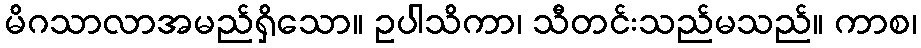
မိဂသာလာအမည်ရှိသော။ ဥပါသိကာ၊ သီတင်းသည်မသည်။ ကာစ၊